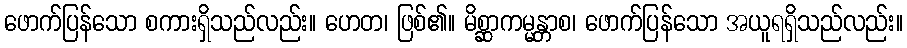
ဖောက်ပြန်သော စကားရှိသည်လည်း။ ဟေတ၊ ဖြစ်၏။ မိစ္ဆာကမ္မန္တာစ၊ ဖောက်ပြန်သော အယူရရှိသည်လည်း။